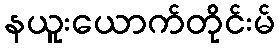
နယူးယောက်တိုင်းမ်